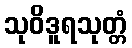
သုဝိဒူရသုတ္တံ